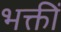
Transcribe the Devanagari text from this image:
भक्तीं